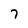
Character: 7